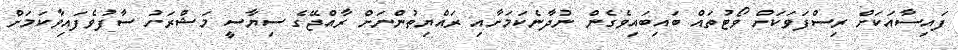
ފައިސާއަކަށް ރިސްފަވަކަށް ވޯޓުތައް ބައިބައިވެގެން ނުދާނެކަމަށާއި ރައްޔިތުންނަށް ރާއްޖޭގެ ސިޔާސީ މަޝްރަހު ސާފުވެފައިވާކަމަށް